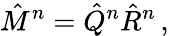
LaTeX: \hat{M}^{n}=\hat{Q}^{n}\hat{R}^{n}\, ,